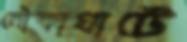
নৌকাঘাটে